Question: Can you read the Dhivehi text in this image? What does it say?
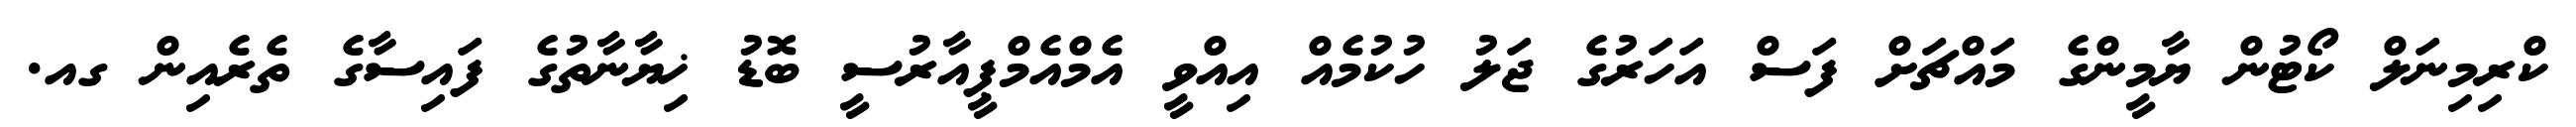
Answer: ކްރިމިނަލް ކޯޓުން ޔާމީންގެ މައްޗަށް ފަސް އަހަރުގެ ޖަލު ހުކުމެއް އިއްވީ އެމްއެމްޕީއާރުސީ ބޮޑު ޚިޔާނާތުގެ ފައިސާގެ ތެރެއިން ގއ.